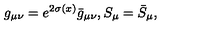
g _ { \mu \nu } = e ^ { 2 \sigma ( x ) } \bar { g } _ { \mu \nu } , S _ { \mu } = \bar { S } _ { \mu } ,